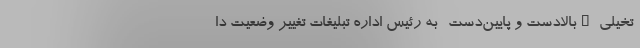
تخیلی –بالادست و پایین‌دست- به رئیس‌ اداره تبلیغات تغییر وضعیت دا